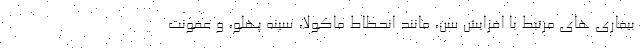
بیماری های مرتبط با افزایش سن، مانند انحطاط ماکولا، سینه پهلو، و عفونت